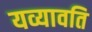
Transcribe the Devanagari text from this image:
यव्यावति